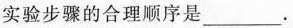
实验步骤的合理顺序是___.